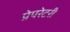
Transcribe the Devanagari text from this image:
प्रेपरेटरी